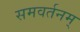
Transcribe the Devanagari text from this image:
समवर्तनम्